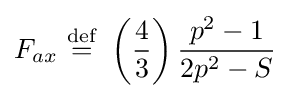
F_{ax}\ {\stackrel {\mathrm {def} }{=}}\ \left({\frac {4}{3}}\right){\frac {p^{2}-1}{2p^{2}-S}}